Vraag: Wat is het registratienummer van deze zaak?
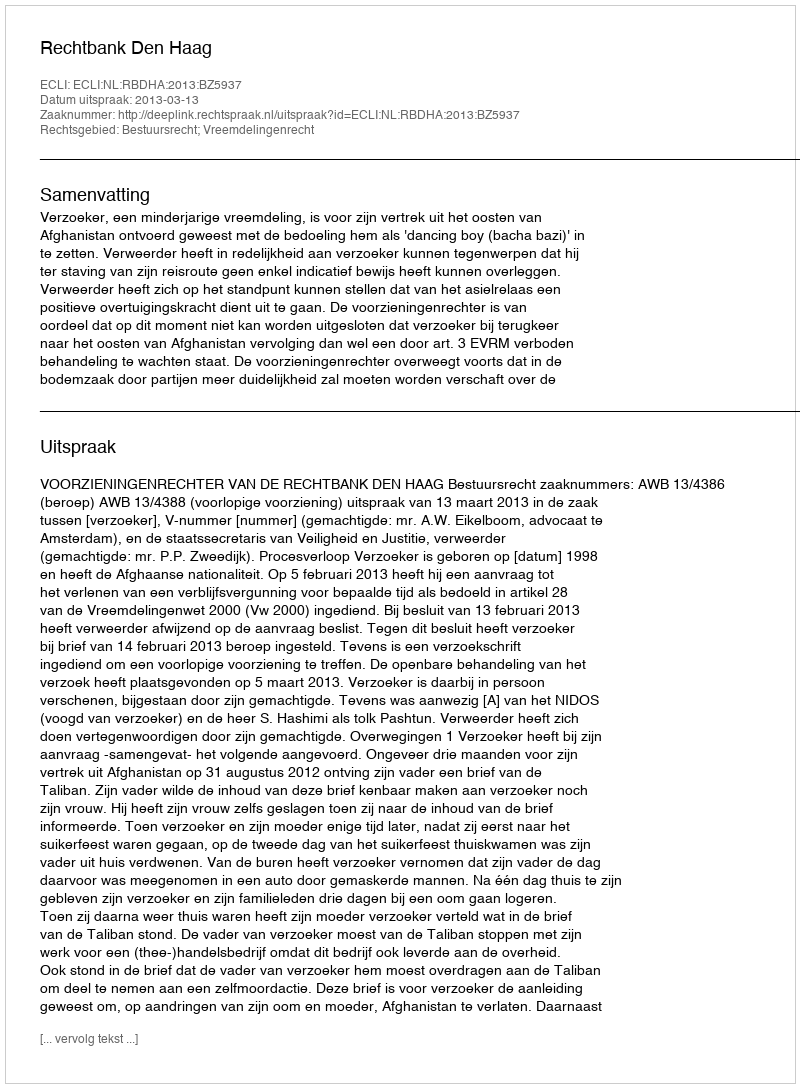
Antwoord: http://deeplink.rechtspraak.nl/uitspraak?id=ECLI:NL:RBDHA:2013:BZ5937